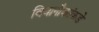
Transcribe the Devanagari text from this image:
विवानौकांकडे